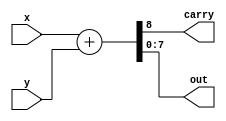
module adder(x, y, carry, out);
input [7:0] x, y;
output carry;
output [7:0] out;

/*Write your code here*/
wire [8:0] subresult;

assign subresult    = {1'b0, x} + {1'b0, y};
assign out          = subresult[7:0];
assign carry        = subresult[8];
/*End of code*/

endmodule